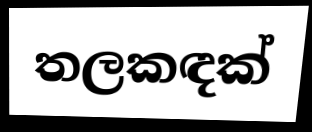
තලකඳක්